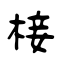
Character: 椄